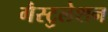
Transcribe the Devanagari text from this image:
गैस्टुलेशन